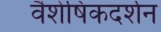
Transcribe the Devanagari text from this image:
वैशेषिकदर्शन